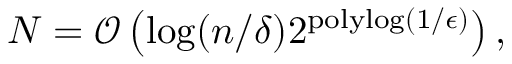
N = \mathcal { O } \left( \log ( n / \delta ) 2 ^ { \mathrm { p o l y l o g } ( 1 / \epsilon ) } \right) ,